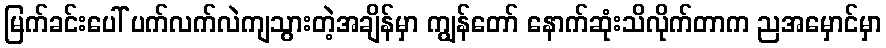
မြက်ခင်းပေါ် ပက်လက်လဲကျသွားတဲ့အချိန်မှာ ကျွန်တော် နောက်ဆုံးသိလိုက်တာက ညအမှောင်မှာ